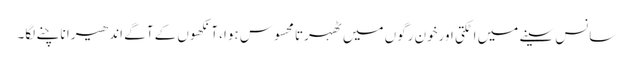
سانس سینے میں اٹکتی اورخون رگوں میں ٹھہرتا محسوس ہوا، آنکھوں کے آگے اندھیرا ناچنے لگا۔